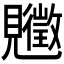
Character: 𧢡